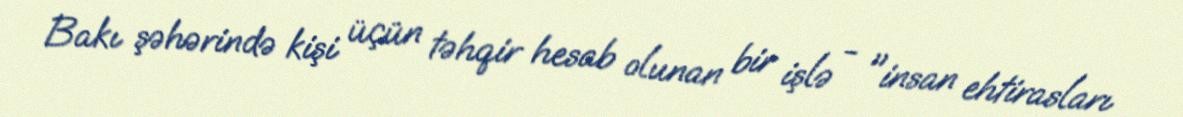
Bakı şəhərində kişi üçün təhqir hesab olunan bir işlə - "insan ehtirasları